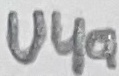
Text: U4a